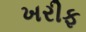
ખરીફ